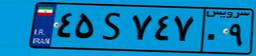
۴۵S۷۴۷۰۹